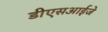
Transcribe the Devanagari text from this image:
डीएसआईजे